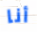
أنا